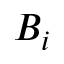
B _ { i }